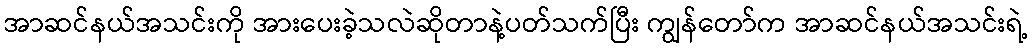
အာဆင်နယ်အသင်းကို အားပေးခဲ့သလဲဆိုတာနဲ့ပတ်သက်ပြီး ကျွန်တော်က အာဆင်နယ်အသင်းရဲ့